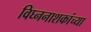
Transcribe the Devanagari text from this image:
विघ्ननाशकांच्या